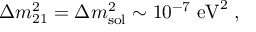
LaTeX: \Delta m _ { 2 1 } ^ { 2 } = \Delta m _ { \mathrm { s o l } } ^ { 2 } \sim 1 0 ^ { - 7 } \; \mathrm { e V } ^ { 2 } \; ,